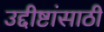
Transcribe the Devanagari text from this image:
उद्दीष्टांसाठी